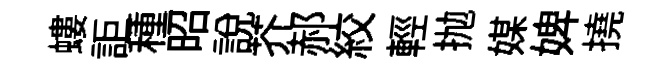
螻詎種昭説芥郝絞輕抛媒婢撓